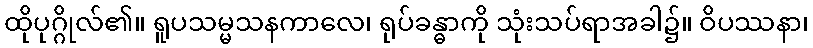
ထိုပုဂ္ဂိုလ်၏။ ရူပသမ္မသနကာလေ၊ ရုပ်ခန္ဓာကို သုံးသပ်ရာအခါ၌။ ဝိပဿနာ၊